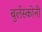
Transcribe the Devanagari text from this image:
बुर्लस्कोनी